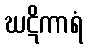
ဃဋိကာရံ